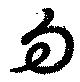
句